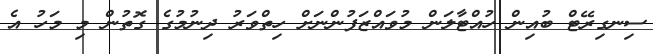
ސިނގިރޭޓް ބުއިން ހުއްޓާލަން މުވައްޒަފުންނަށް ހިތްވަރު ދިނުމުގެ ގޮތުން މި މަހު އެ